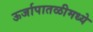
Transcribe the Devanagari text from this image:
ऊर्जापातळीमध्ये